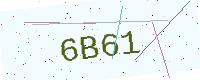
Text: 6B61